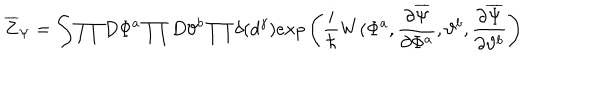
\overline { { { Z } } } _ { \Psi } = \int \prod D \Phi ^ { a } \prod D \vartheta ^ { b } \prod \delta ( d ^ { \gamma } ) e x p \left( { \frac { i } { \hbar } } W ( \Phi ^ { a } , { \frac { \partial \overline { { \Psi } } } { \partial \Phi ^ { a } } } , \vartheta ^ { b } , { \frac { \partial \overline { { \Psi } } } { \partial \vartheta ^ { b } } } \right)